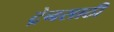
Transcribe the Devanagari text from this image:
ट्रेनसाठी